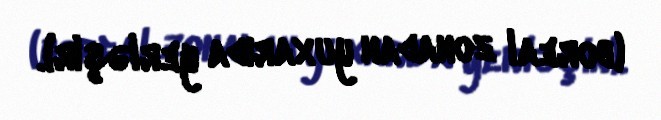
(boreal zonadan yuxarıda yerləşir).